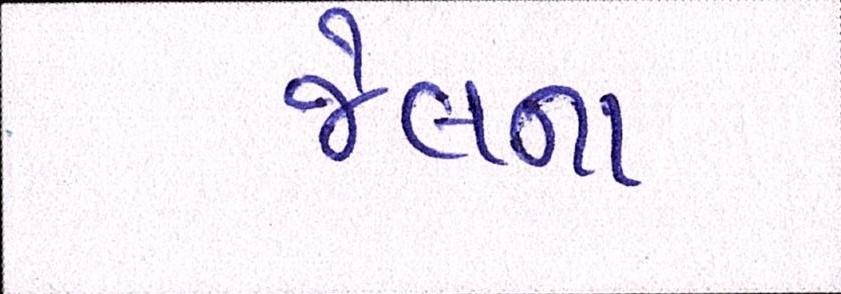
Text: જેલના